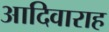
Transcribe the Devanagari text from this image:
आदिवाराह